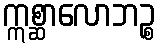
ဣစ္ဆာလောဘဉ္စ